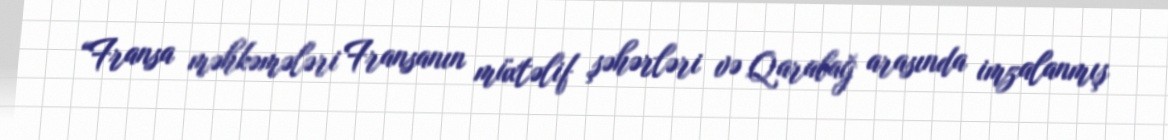
“Fransa məhkəmələri Fransanın müxtəlif şəhərləri və Qarabağ arasında imzalanmış